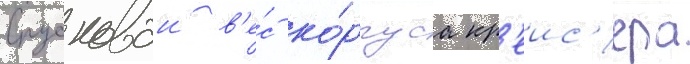
Спусковои в'е́с ко́рпуса кр'еис'ера